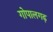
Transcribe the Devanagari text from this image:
गोपालगढ़